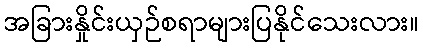
အခြားနှိုင်းယှဉ်စရာများပြနိုင်သေးလား။